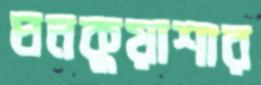
ঘনকুয়াশার